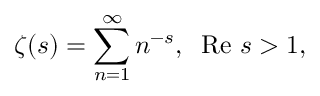
\zeta ( s ) = \sum _ { n = 1 } ^ { \infty } n ^ { - s } , \; \; \mathrm { R e } ~ s > 1 ,